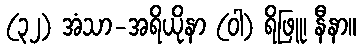
(၃၂) အံသာ-အရိယိုနာ (ဝါ) ရိဖြူ၊ နီနာ။